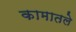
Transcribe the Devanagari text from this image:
कामातले